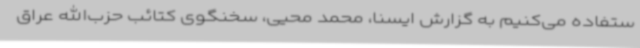
ستفاده می‌کنیم به گزارش ایسنا، محمد محیی، سخنگوی کتائب حزب‌الله عراق